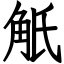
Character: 觗